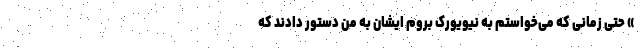
» حتی زمانی که می‌خواستم به نیویورک بروم ایشان به من دستور دادند که